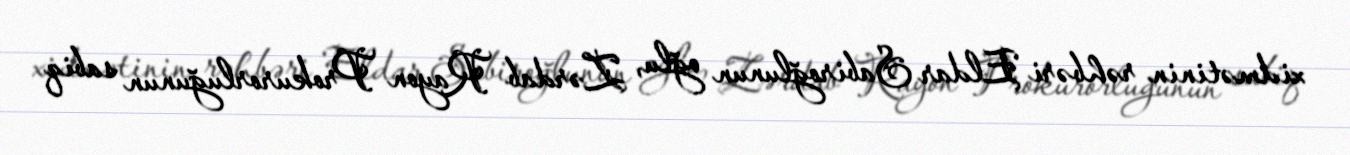
xidmətinin rəhbəri Eldar Sabiroğlunun oğlu, Zərdab Rayon Prokurorluğunun sabiq